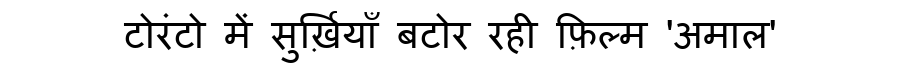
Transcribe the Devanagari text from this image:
टोरंटो में सुर्ख़ियाँ बटोर रही फ़िल्म 'अमाल'